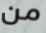
من